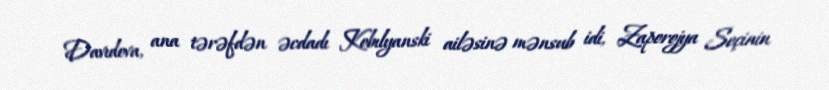
Davıdova, ana tərəfdən əcdadı Kobılyanski ailəsinə mənsub idi, Zaporojya Seçinin